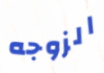
الزوجه